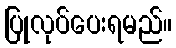
ပြုလုပ်ပေးရမည်။